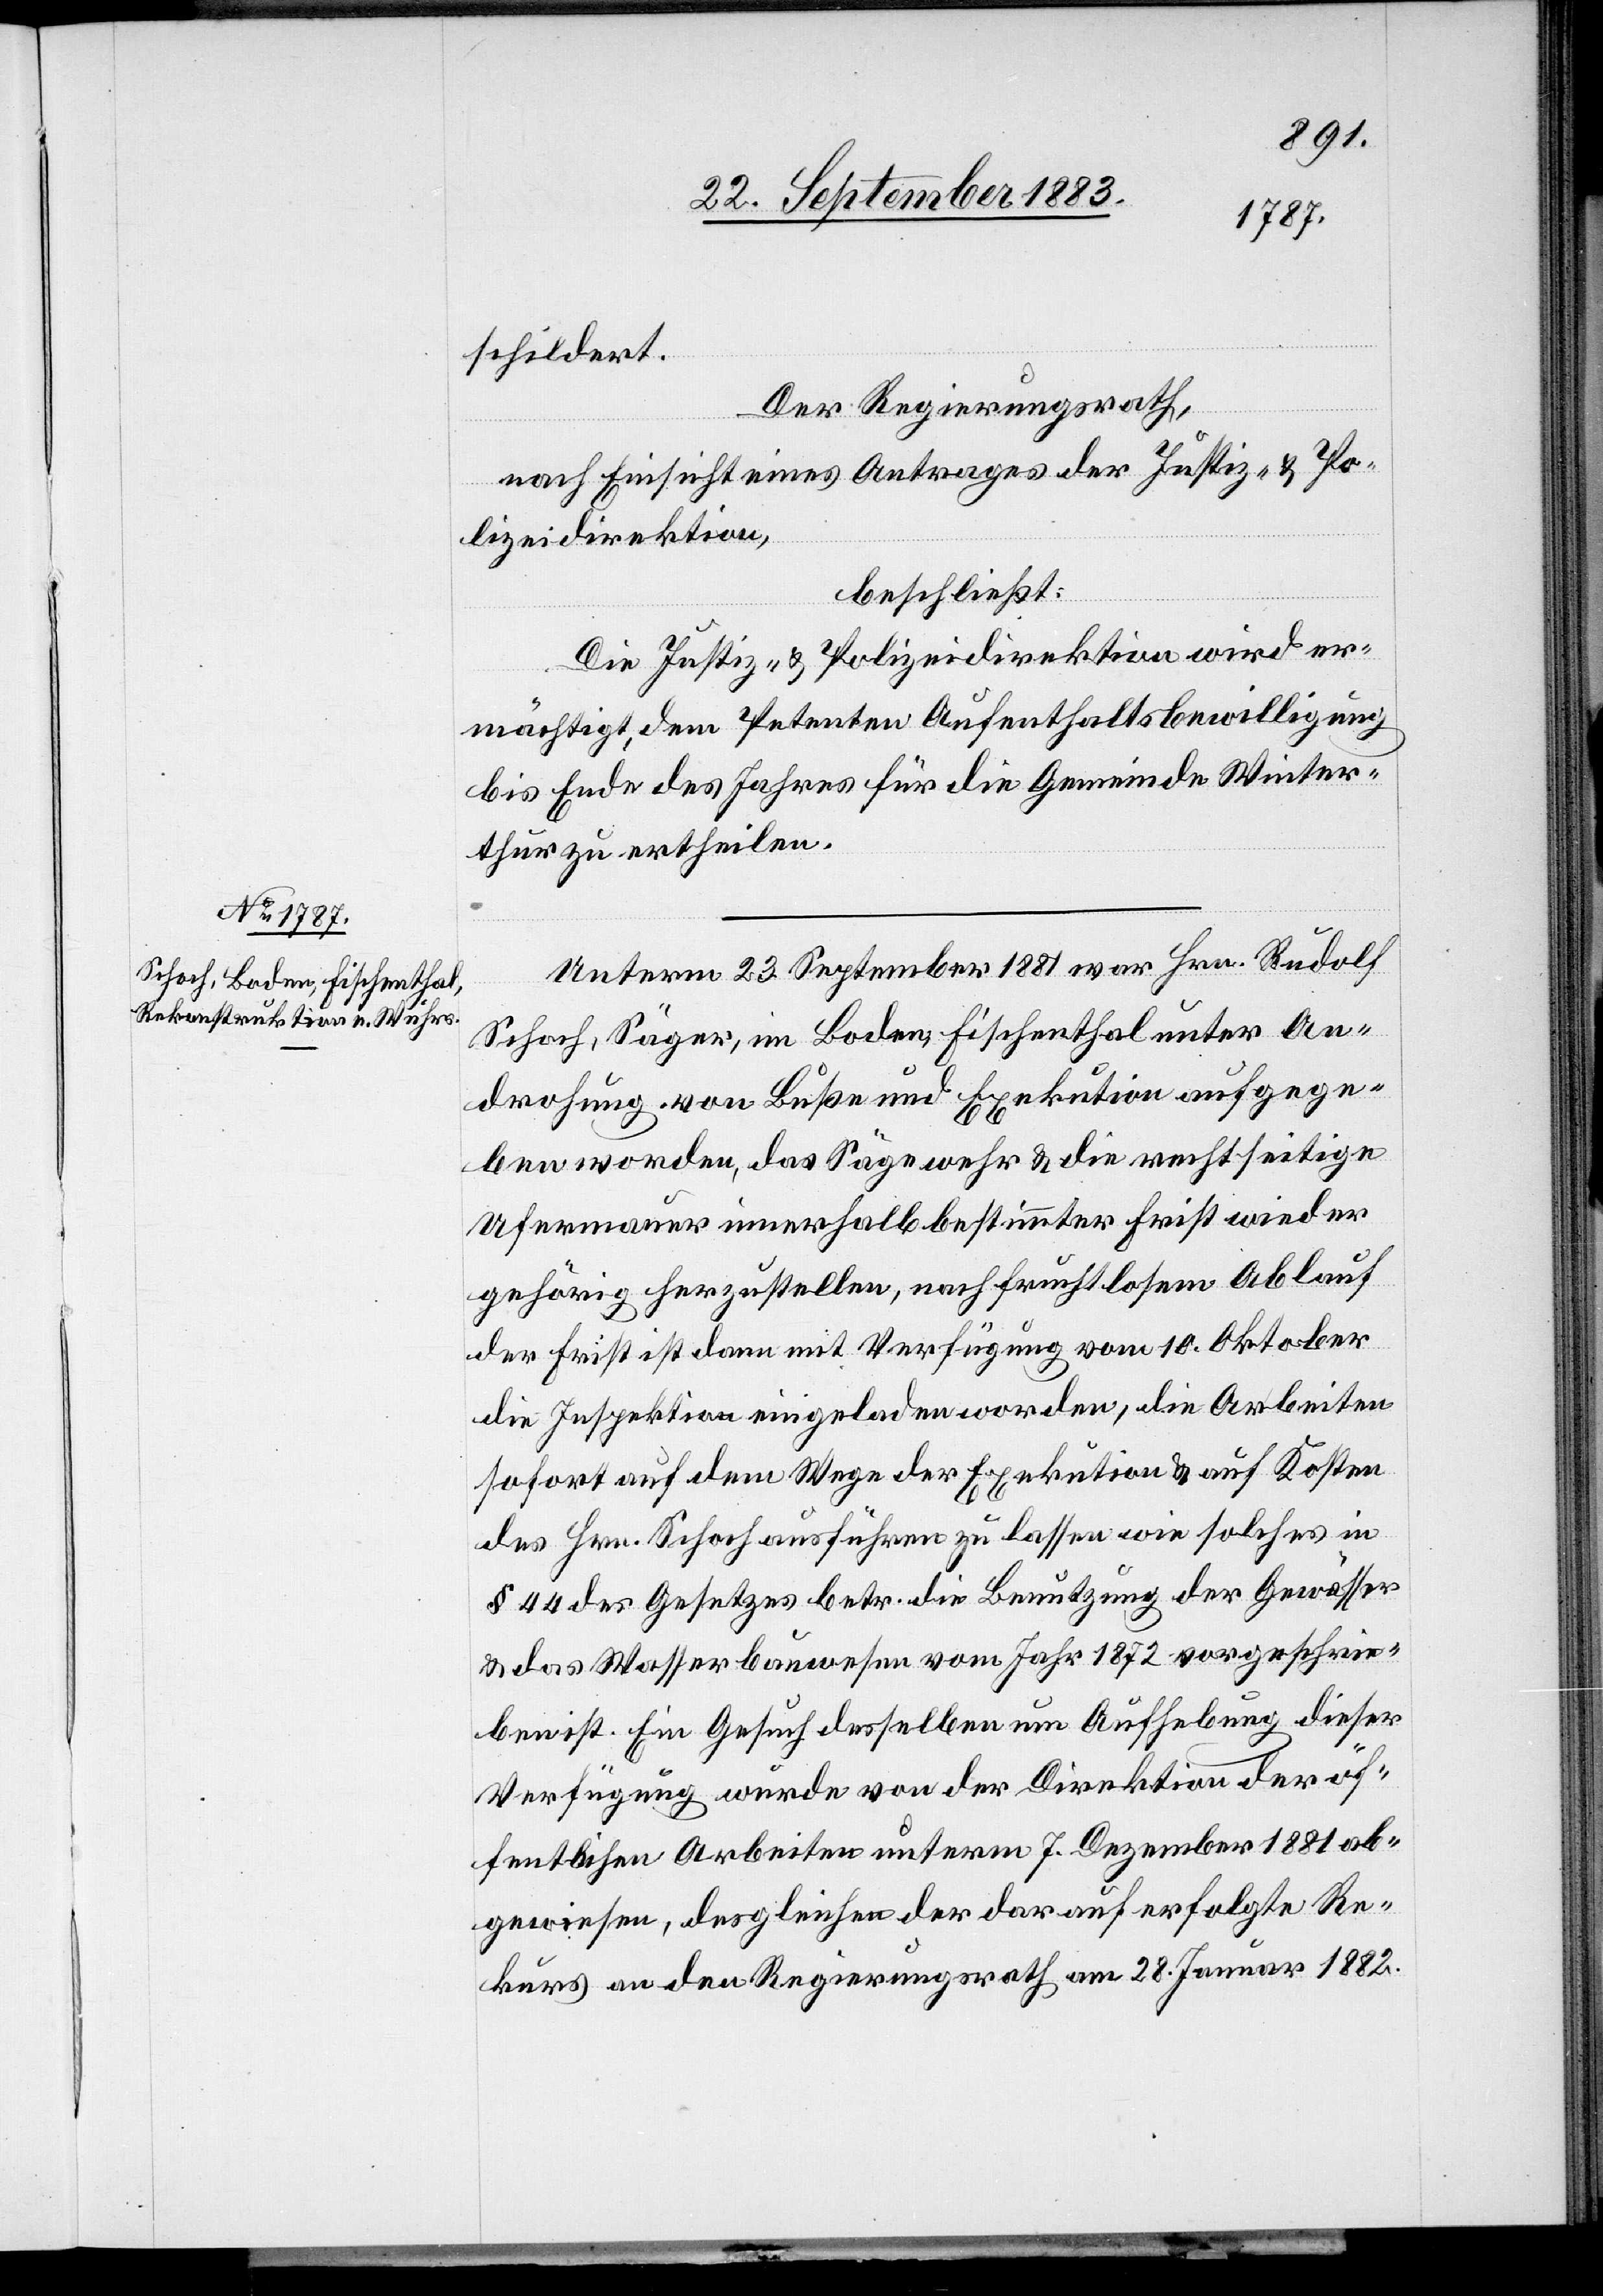
schildert.
Der Regierungsrath,
nach Einsicht eines Antrages der Justiz- & Po¬
lizeidirektion,
beschließt:
Die Justiz- & Polizeidirektion wird er¬
mächtigt, dem Petenten Aufenthaltsbewilligung
bis Ende des Jahres für die Gemeinde Winter¬
thur zu ertheilen.
Unterm 23. September 1881 war Hrn. Rudolf
Schoch, Säger, im Boden, Fischenthal unter An¬
drohung von Buße und Exekution aufgege¬
ben worden, das Sägewehr & die rechtseitige
Ufermauer innerhalb bestimmter Frist wieder
gehörig herzustellen, nach fruchtlosem Ablauf
der Frist ist dann mit Verfügung vom 10. Oktober
die Inspektion eingeladen worden, die Arbeiten
sofort auf dem Wege der Exekution & auf Kosten
des Hrn. Schoch ausführen zu lassen wie solches in
§ 44 des Gesetzes betr. die Benutzung der Gewässer
& das Wasserbauwesen vom Jahr 1872 vorgeschrie¬
ben ist. Ein Gesuch desselben um Aufhebung dieser
Verfügung wurde von der Direktion der öf¬
fentlichen Arbeiten unterm 7. Dezember 1881 ab¬
gewiesen, desgleichen der darauf erfolgte Re¬
kurs an den Regierungsrath am 28. Januar 1882.